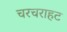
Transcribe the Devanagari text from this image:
चरचराहट